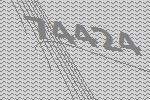
74424